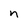
Character: n